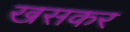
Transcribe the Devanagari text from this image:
खसकर